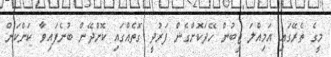
މީގެ ތެރޭގައި އަމިއްލަ ޖީބުން ހޭދަކޮށްގެން ފަރުދީ ގޮތެއްގައި ކޮށްދޭން ބުނެފައިވާ ކަންކަން